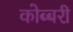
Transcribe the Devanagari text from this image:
कोब्बरी